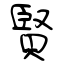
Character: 賢